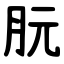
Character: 䏓